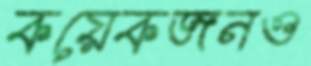
কয়েকজনও